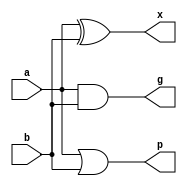
// 1. _gpx(a, b, g, p, x)
// 2. _4g2p_R4(g, p, R)
// 3. _4p_Q4((p, Q)
// 4. _4R2Q_R4(R_in, Q_in, R_out)
// 5. _D16(R, p, D)
// 6. _Jsum(R, D, x, sum)
// 7. _1R4Q_Q4(R_in, Q_in, Q_out)
// 8. _D64_1(p, g, D)
// 9. _D64_2(D_in, R_in, Q_in, D_out)
// 10._2g_R2(g,R)
// 11._2p_Q2(p,Q)
// 12._4g2p_H4(g, p, H)
// 13._P4(p_in,p_out)
// 14._4G3P_G4(G_in, P_in, G_out)
// 15._Lsum(p, x, H, sum)
// 16._2g_H2(g, H)
// 17._2p_P2(p, Pr)
// 18._Psum(x, G, sum)
// 19._2g1p_G2(g, p, G_out)
// 20._2R1Q_R2(R_in, Q_in, R_out)
// 21._Psum_sparse2(x, g, p, G, sum)
// 22._Lsum_sparse2(x, g, p, H, sum)
// 23._Jsum_sparse2(g, p, R ,D , x, sum )


// .1
//-------------------------------------------------------
module _gpx(a, b, g, p, x);

    input a;
    input b;
    output g;
    output p;
    output x;
    
    assign p = a | b ;
    assign g = a & b ;
    assign x = a ^ b ;

endmodule



// .2
//-------------------------------------------------------
module _4g2p_R4(g, p, R);

    input [3:0]g;
    input [1:0]p;
    output R;
    
    assign R =  g[3] |
                g[2] |
                p[1] & g[1] |
                p[1] & p[0] & g[0] ;
endmodule



// .3
//-------------------------------------------------------
module _4p_Q4(p, Q);

    input [3:0]p;
    output Q;
    
    assign Q = p[3] & p[2] & p[1] & p[0];
    
endmodule



// .4
//-------------------------------------------------------
module _4R2Q_R4(R_in, Q_in, R_out);

    input [3:0]R_in;
    input [1:0]Q_in;
    output R_out;
    
    assign  R_out = R_in[3] |
                    R_in[2] |
                    Q_in[1] & R_in[1] |
                    Q_in[1] & Q_in[0] & R_in[0] ;

endmodule



// .5
//-------------------------------------------------------
module _D16(p, R, Q, D);


    input [1:0]p;
    input R;
    input Q;
    output D;
    
    assign D = (p[1] & R) | (p[0] & Q) ;

endmodule



// .6
//-------------------------------------------------------
module _Jsum(R, D, x, sum);

    input R;
    input D;
    input x;
    output sum;

    assign sum = R ? (x ^ D) : x ;
    
endmodule



// .7
//-------------------------------------------------------
module _1R4Q_Q4(R_in, Q_in, Q_out);

    input R_in;
    input [3:0]Q_in;
    output Q_out;
    
    assign Q_out =  Q_in[3] &
                    Q_in[2] &
                    Q_in[1] &
                    ( Q_in[0] | R_in ) ;
endmodule



// .8
//-------------------------------------------------------
module _D64_1(p, g, D);
    
    input [2:0]p;
    input [1:0]g;
    output D ;
    
    assign D =  g[1] |
                g[0] & p[2] |
                p[2] & p[1] & p[0] ;

endmodule



// .9
//-------------------------------------------------------
module _D64_2(D_in, R_in, Q_in, D_out);
    
    input D_in;
    input R_in;
    input Q_in;
    output D_out;
    
    assign D_out = D_in & ( R_in | Q_in ) ;

endmodule



// .10
//-------------------------------------------------------
module _2g_R2(g,R);
    
    input [1:0]g;
    output R;
    
    assign R = g[1] | g[0] ;
    
endmodule



// .11
//-------------------------------------------------------
module _2p_Q2(p,Q);
    
    input [1:0]p;
    output Q;
    
    assign Q = p[1] & p[0] ;
    
endmodule



// .12
//-------------------------------------------------------
module _4g2p_H4(g, p, H);

    input [3:0]g;
    input [1:0]p;
    output H;
    
    assign H = g[3] | g[2] | p[1]&g[1] | p[1]&p[0]&g[0] ;

endmodule



// .13
//-------------------------------------------------------
module _P4(p_in,p_out);

    input [3:0]p_in;
    output p_out;
    
    assign p_out = p_in[3] & p_in[2] & p_in[1] & p_in[0] ;
    
endmodule



// .14
//-------------------------------------------------------
module _4G3P_G4(G_in, P_in, G_out);

    input [3:0]G_in;
    input [2:0]P_in;
    output G_out;
    
    assign G_out =  G_in[3] | 
                    P_in[2] & G_in[2] | 
                    P_in[2] & P_in[1] & G_in[1] | 
                    P_in[2] & P_in[1] & P_in[0] & G_in[0];

endmodule



// .15
//-------------------------------------------------------
module _Lsum(p, x, H, sum);

    input p;
    input x;
    input H;
    output sum;

    assign sum = H ? (x ^ p) : x ;
    
endmodule



// .16
//-------------------------------------------------------
module _2g_H2(g, H);

    input [1:0]g;
    output H;
    
    assign H = g[1] | g[0] ;

endmodule



// .17
//-------------------------------------------------------
module _2p_P2(p, Pr);

    input [1:0]p;
    output Pr;
    
    assign Pr = p[1] & p[0] ;

endmodule




// .18
//-------------------------------------------------------
module _Psum(x, G, sum);

    input x;
    input G;
    output sum;

    assign sum = G ^ x ;
    
endmodule



// .19
//-------------------------------------------------------
module _2g1p_G2(g, p, G_out);
    
    input [1:0]g;
    input p;
    output G_out;

    assign G_out = g[1] | p & g[0] ;
endmodule



// .20
//-------------------------------------------------------
module _2R1Q_R2(R_in, Q_in, R_out);
    
    input [1:0]R_in;
    input Q_in;
    output R_out;
    
    assign R_out = R_in[1] | Q_in & R_in[0] ;

endmodule



// .21
//-------------------------------------------------------
module _Psum_sparse2(x, g, p, G, sum);
    
    input [1:0]x;
    input g;
    input p;
    input G;
    output [1:0]sum;

    assign sum[0] = G ^ x[0] ;
    assign sum[1] = x[1] ^ ( g | (p & G) ) ;
    
endmodule



// .22
//-------------------------------------------------------
module _Lsum_sparse2(x, g, p, H, sum);
    
    input [1:0]x;
    input g;
    input [1:0]p;
    input H;
    output [1:0]sum;

    assign sum[0] = H ? (x[0] ^ p[0]) : x[0] ;
    assign sum[1] = H ? (x[1] ^ (g | p[1] & p[0])) : (x[1] ^ g) ;
    
endmodule




// .23
//-------------------------------------------------------
module _Jsum_sparse2(g, p, R ,D , x, sum );
    
    input g;
    input p;
    input R;
    input D;
    input [1:0]x;    
    output [1:0]sum;
    
    assign sum[0] = R ? (x[0] ^ D) : x[0] ;
    assign sum[1] = R ? (x[1] ^ (g | p&D)) : x[1]^g ;
    
endmodule




// .24
//-------------------------------------------------------
module _Psum_sparse4(x, g, p, G, sum);
    
    input [3:0]x;
    input [2:0]g;
    input [2:0]p;
    input G;
    output [3:0]sum;

    assign sum[0] = G ^ x[0] ;
    assign sum[1] = x[1] ^ ( g[0] | (p[0] & G) ) ;
    assign sum[2] = x[2] ^ ( g[1] | (p[1] & g[0]) | (p[1]&p[0]&G)) ;
    assign sum[3] = x[3] ^ ( g[2] | (p[2] & g[1]) | ( p[2] & p[1] & g[0]) | (p[2]&p[1]&p[0]&G)) ;
    
endmodule




// .25
//-------------------------------------------------------
module _Lsum_sparse4(x, g, p, H, sum);
    
    input [3:0]x;
    input [2:0]g;
    input [3:0]p;
    input H;
    output [3:0]sum;

    assign sum[0] = H ? (x[0] ^ p[0]) : x[0] ;
    assign sum[1] = H ? (x[1] ^ (g[0] | (p[1]&p[0]) )) : (x[1] ^ g[0]) ;
    assign sum[2] = H ? (x[2] ^ (g[1] | (p[2]&g[0]) | (p[2]&p[1]&p[0]) )) : (x[2] ^ (g[1] | (p[2]&g[0])) ) ;
    assign sum[3] = H ? (x[3] ^ (g[2] | (p[3]&g[1]) | (p[3]&p[2]&g[0]) | (p[3]&p[2]&p[1]&p[0]) )) : (x[3] ^ (g[2] | (p[3]&g[1]) | (p[3]&p[2]&g[0]) )) ;
endmodule



// .26
//-------------------------------------------------------
module _Jsum_sparse4(g, p, R ,D , x, sum );
    
    input [2:0]g;
    input [2:0]p;
    input R;
    input D;
    input [3:0]x;    
    output [3:0]sum;
    
    assign sum[0] = R ? (x[0] ^ D) : x[0] ;
    assign sum[1] = R ? (x[1] ^ (g[0] | p[0]&D)) : x[1]^g[0] ;
    assign sum[2] = R ? (x[2] ^ (g[1] | p[1]&g[0] | p[1]&p[0]&D)) : x[2] ^ (g[1] | p[1]&g[0]) ;
    assign sum[3] = R ? (x[3] ^ (g[2] | p[2]&g[1] | p[2]&p[1]&g[0] | p[2]&p[1]&p[0]&D)) : x[3] ^ ( g[2] | p[2]&g[1] | p[2]&p[1]&g[0] ) ;

endmodule